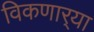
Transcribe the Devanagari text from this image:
विकणार्‍या